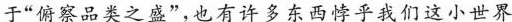
于”俯察品类之盛”，也有许多东西悖乎我们这小世界